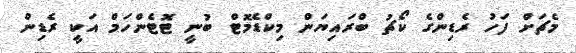
މެޗަށް ފަހު ރެޑިންގެ ކޯޗު ބްރައިޔަން މިކްޑެމޮޓް ބުނީ ޓޮޓެންހަމް އަކީ ރެޑިން